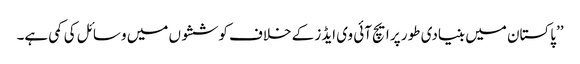
’’پاکستان میں بنیادی طور پر ایچ آئی وی ایڈز کے خلاف کوششوں میں وسائل کی کمی ہے۔